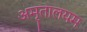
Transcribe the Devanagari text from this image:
अमृतालयम